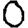
Digit: 0